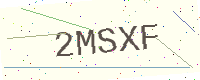
Text: 2MSXF